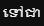
ទៅជា